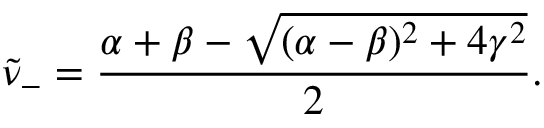
\tilde { \nu } _ { - } = \frac { \alpha + \beta - \sqrt { ( \alpha - \beta ) ^ { 2 } + 4 \gamma ^ { 2 } } } { 2 } .